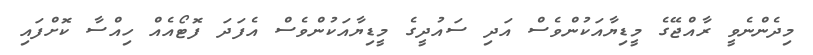
މިދެންނެވީ ރާއްޖޭގެ މީޑިޔާއަކުންވެސް އަދި ސައުދީގެ މީޑިޔާއަކުންވެސް އެފަދަ ފޮޓޯއެއް ހިއްސާ ކޮށްފައި